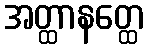
အတ္ထာနတ္ထေ